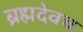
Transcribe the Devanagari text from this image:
ब्रह्मदेवच